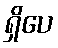
ရှိပေ